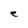
Character: e